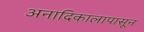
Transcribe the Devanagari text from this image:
अनादिकालापासून